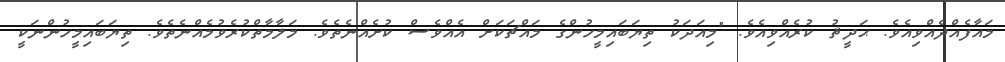
މައާފެއްދެއްވިއެވެ. ޙަދީޘު ކުރެއްވިއެވެ. "މިއަދަކު ތިޔަބައިމީހުންގެ މައްޗަކަށް އެއްވެސް ކުށެއްނެތެވެ. މަލާމާތްކުރެވުމެއްނެތެވެ. ތިޔަބައިމީހުންނަކީ